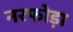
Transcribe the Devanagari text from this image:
नरफोड़ा